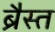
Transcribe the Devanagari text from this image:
ब्रैस्त